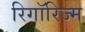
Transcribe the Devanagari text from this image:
रिगॉरिज्म